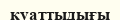
қуаттыдығы